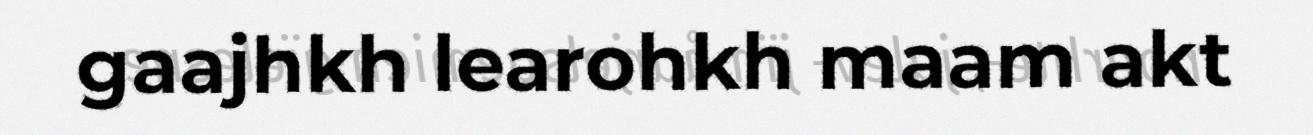
gaajhkh learohkh maam akt